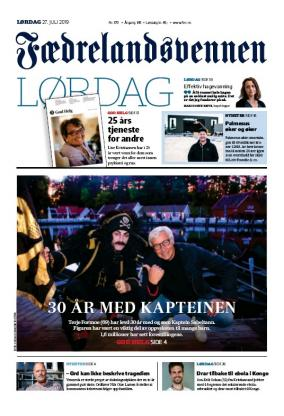
Language: no